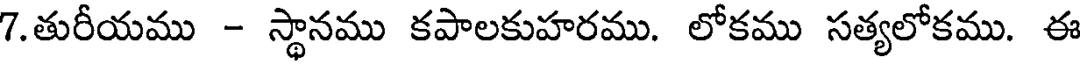
7.తురీయము - స్థానము కపాలకుహరము. లోకము సత్యలోకము. ఈ